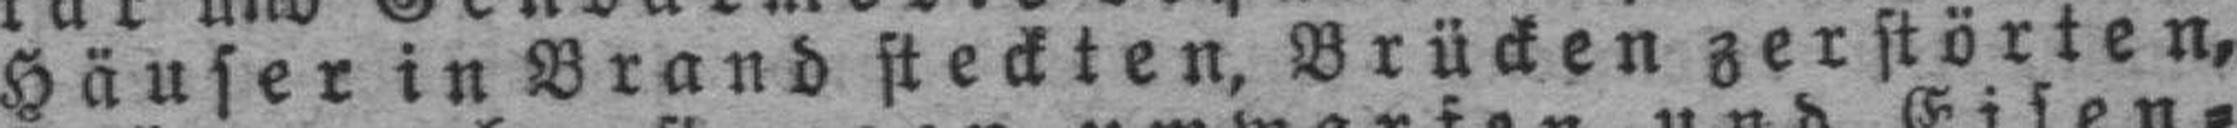
Häuser in Brand steckten, Brücken zerstörten,